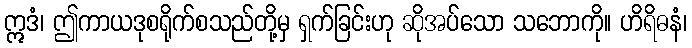
ဣဒံ၊ ဤကာယဒုစရိုက်စသည်တို့မှ ရှက်ခြင်းဟု ဆိုအပ်သော သဘောကို။ ဟိရိဓနံ၊